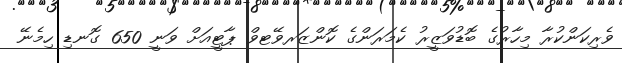
ވެރިކަންކުރާ މިހާރުގެ ބޮޑުވަޒީރު ކެމަރަންގެ ކޮންޒަރވޭޓވް ޕާޓީއަށް ވަނީ 650 ގޮނޑި ހިމެނޭ